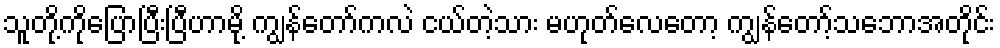
သူတို့ကိုပြောပြီးပြီဟာမို့ ကျွန်တော်ကလဲ ငယ်တဲ့သား မဟုတ်လေတော့ ကျွန်တော့်သဘောအတိုင်း